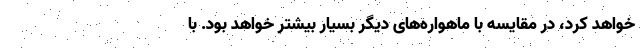
خواهد کرد، در مقایسه با ماهواره‌های دیگر بسیار بیشتر خواهد بود. با